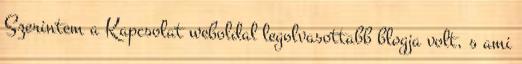
Szerintem a Kapcsolat weboldal legolvasottabb blogja volt, s ami